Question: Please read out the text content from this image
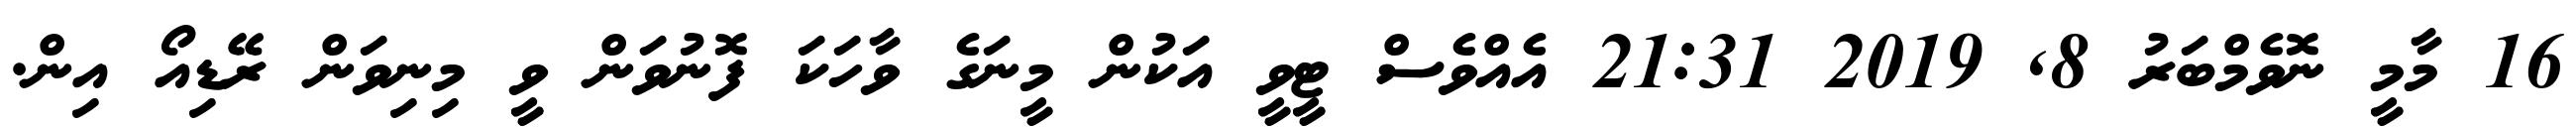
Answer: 16 މާމީ ނޮވެމްބަރު 8, 2019 21:31 އެއްވެސް ޓީވީ އަކުން މީނަގެ ވާހަކަ ފޮނުވަން ވީ މިނިވަން ރޭޑިއޯ އިން.